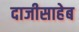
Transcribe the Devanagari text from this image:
दाजीसाहेब